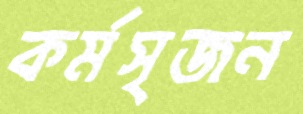
কর্মসৃজন